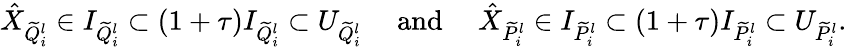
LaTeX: \begin{array}{r}{\hat{X}_{\widetilde{Q}_{i}^{l}}\in I_{\widetilde{Q}_{i}^{l}}\subset(1+\tau)I_{\widetilde{Q}_{i}^{l}}\subset U_{\widetilde{Q}_{i}^{l}}\quad\mathrm{~and~}\quad\hat{X}_{\widetilde{P}_{i}^{l}}\in I_{\widetilde{P}_{i}^{l}}\subset(1+\tau)I_{\widetilde{P}_{i}^{l}}\subset U_{\widetilde{P}_{i}^{l}}.}\end{array}